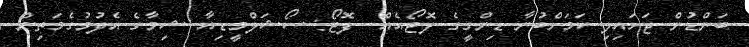
ބަންޑުން ޖަހައިލި ކަމަށްބުނާ ޑިންގީގެ ފޮޓޯއެއް  ފޮޓޯ: ސޯޝަލްމީޑިއާ ޝިމާގެ އެދުމުގެމަތިން